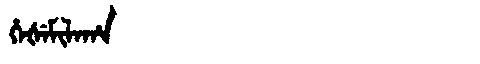
Manchu: ᡥᡝᡧᡝᠮᡳᠯᠠᡥᠠ
Romanization: HEŠEMILAHA